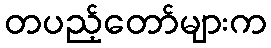
တပည့်တော်များက